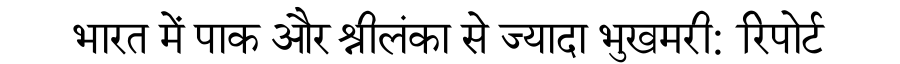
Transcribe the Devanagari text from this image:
भारत में पाक और श्रीलंका से ज्यादा भुखमरी: रिपोर्ट